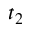
t _ { 2 }